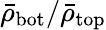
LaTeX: \bar{\rho}_{\mathrm{bot}}/\bar{\rho}_{\mathrm{top}}